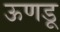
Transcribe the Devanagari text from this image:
ऊणडू